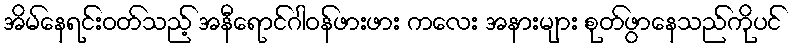
အိမ်နေရင်းဝတ်သည့် အနီရောင်ဂါဝန်ဖားဖား ကလေး အနားများ စုတ်ဖွာနေသည်ကိုပင်